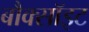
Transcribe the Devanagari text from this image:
बौक्सॉइट